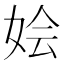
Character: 𫰢